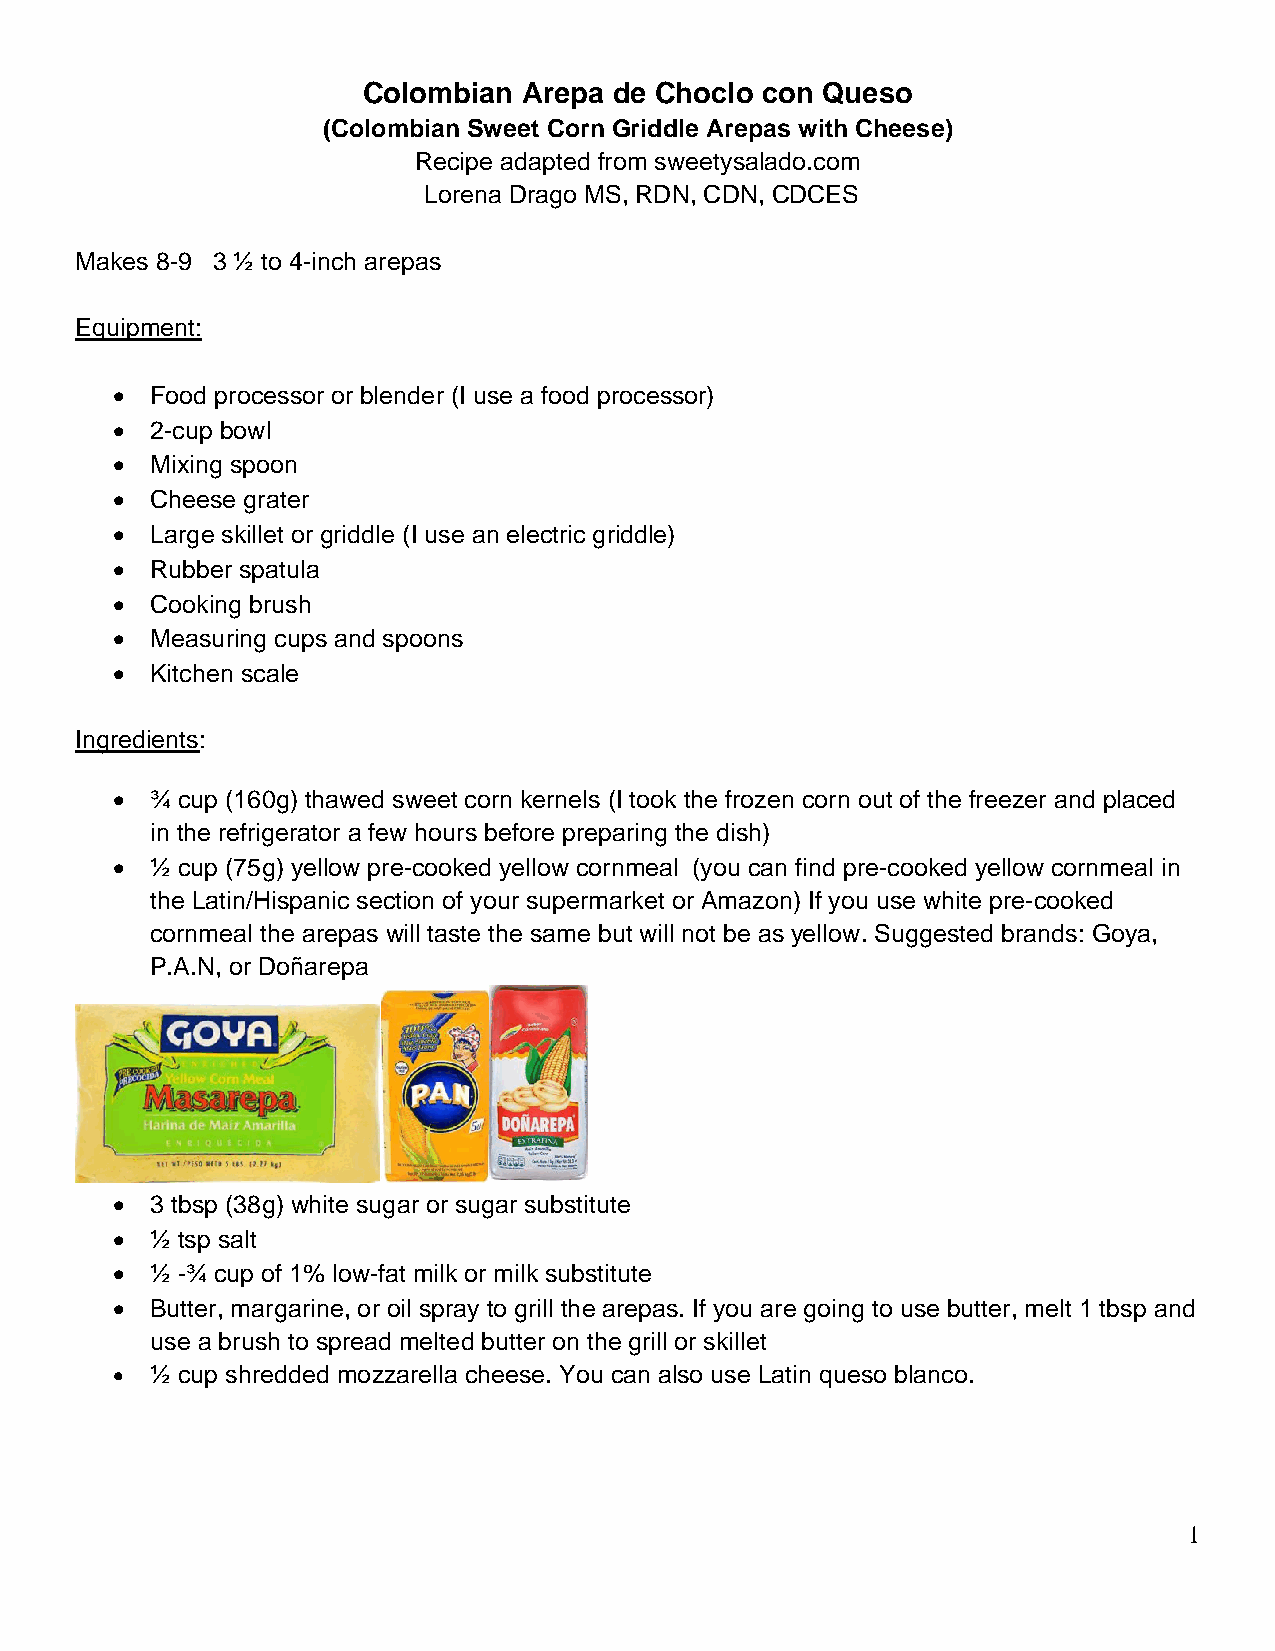
Colombian  Arepa de Choclo con Queso
 (Colombian Sweet Corn Griddle Arepas with Cheese)
 Recipe adapted from sweetysalado.com
 Lorena Drago MS, RDN, CDN, CDCES
 Makes 8-9 3 ½ to 4-inch arepas
 Equipment:
 •  Food processor or blender (I use a food processor)
 •  2-cup bowl
 •  Mixing spoon
 •  Cheese grater
 •  Large skillet or griddle (I use an electric griddle)
 •  Rubber spatula
 •  Cooking brush
 •  Measuring cups and spoons
 •  Kitchen scale
 Ingredients:
 •  ¾ cup (160g) thawed sweet corn kernels (I took the frozen corn out of the freezer and placed
 in the refrigerator a few hours before preparing the dish)
 •  ½ cup (75g) yellow pre-cooked yellow cornmeal (you can find pre-cooked yellow cornmeal in
 the Latin/Hispanic section of your supermarket or Amazon) If you use white pre-cooked
 cornmeal the arepas will taste the same but will not be as yellow. Suggested brands: Goya,
 P.A.N, or Doñarepa
 •  3 tbsp (38g) white sugar or sugar substitute
 •  ½ tsp salt
 •  ½ -¾ cup of 1% low-fat milk or milk substitute
 •  Butter, margarine, or oil spray to grill the arepas. If you are going to use butter, melt 1 tbsp and
 use a brush to spread melted butter on the grill or skillet
 •  ½ cup shredded mozzarella cheese. You can also use Latin queso blanco.
 1